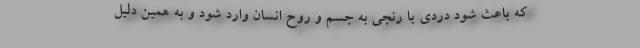
كه باعث شود دردي يا رنجي به جسم و روح انسان وارد شود و به همين دليل